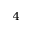
^ { 4 }